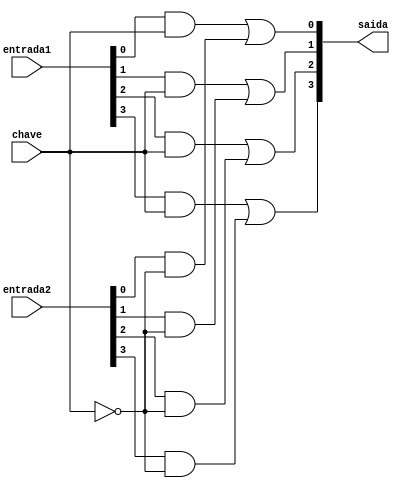
// -- PUC Minas - Instituto de Ciencias Exatas e Informatica
// -- Ciencia da Computacao - Professor Theldo Cruz
// Nome: ANA CRISTINA PEREIRA TEIXEIRA

// Exemplo0036 - F4 

// -------------------------
// --- selecionador 
// -------------------------
module selecionador (output [3:0]saida, input [3:0]entrada1, input [3:0]entrada2, input chave);
   wire [7:0]s;
   wire saida_not;
   
   not NOT1(saida_not, chave);
   
   and AND1(s[0], entrada1[0], chave);
	and AND2(s[1], entrada1[1], chave);
	and AND3(s[2], entrada1[2], chave);
	and AND4(s[3], entrada1[3], chave);
	
	and AND5(s[4], entrada2[0], saida_not);
	and AND6(s[5], entrada2[1], saida_not);
	and AND7(s[6], entrada2[2], saida_not);
	and AND8(s[7], entrada2[3], saida_not);
	
	or OR1(saida[0], s[0], s[4]);
	or OR2(saida[1], s[1], s[5]);
	or OR3(saida[2], s[2], s[6]);
	or OR4(saida[3], s[3], s[7]);

endmodule // -- selecionador

// -------------------------
// --- f4 gate
// -------------------------
module f4 (output [3:0]saida, input [3:0]a, input [3:0]b, input f);
   
   wire [3:0]saida_xor, saida_xnor;
   
   xor XOR1(saida_xor[0], a[0], b[0]);
	xor XOR2(saida_xor[1], a[1], b[1]);
	xor XOR3(saida_xor[2], a[2], b[2]);
	xor XOR4(saida_xor[3], a[3], b[3]);
	
	xnor XNOR1(saida_xnor[0], a[0], b[0]);
	xnor XNOR2(saida_xnor[1], a[1], b[1]);
	xnor XNOR3(saida_xnor[2], a[2], b[2]);
	xnor XNOR4(saida_xnor[3], a[3], b[3]);
	
	selecionador SEL1 (saida, saida_xor, saida_xnor, f);

endmodule // -- f4

// ------------------------- 
// -- modulo de teste
// -------------------------
module test_f4;
	
	reg  [3:0] x, y;
	reg  flag;
	wire [3:0] z;
	
	f4 modulo (z, x, y, flag);
	
	// -- parte principal
	initial begin
      $display("Exemplo 0036 - ANA CRISTINA - 427385");
      $display("Test LU's module");
      $display("Legenda da chave: 0 - IGUAL\t 1 - DIFERENTE \n");
      
      #1 x = 4'b0011;	y = 4'b0101;	flag = 0;
      $monitor("ch = %1b\t x = %4b\t y = %4b\t s = %4b", flag, x, y, z);
      #1 x = 4'b0011;	y = 4'b0101;	flag = 1;
      #1 x = 4'b0000;	y = 4'b1111;	flag = 0;
      #1 x = 4'b0000;	y = 4'b1111;	flag = 1;
      #1 x = 4'b1010;	y = 4'b0101;	flag = 0;
      #1 x = 4'b1010;	y = 4'b0101;	flag = 1;
   end
endmodule // -- test_f4

// -- Testes
// Exemplo 0036 - ANA CRISTINA - 427385
// Test LU's module
// Legenda da chave: 0 - IGUAL	 1 - DIFERENTE
// ch = 0	 x = 0011	 y = 0101	 s = 1001
// ch = 1	 x = 0011	 y = 0101	 s = 0110
// ch = 0	 x = 0000	 y = 1111	 s = 0000
// ch = 1	 x = 0000	 y = 1111	 s = 1111
// ch = 0	 x = 1010	 y = 0101	 s = 0000
// ch = 1	 x = 1010	 y = 0101	 s = 1111